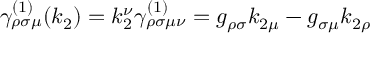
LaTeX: \gamma _ { \rho \sigma \mu } ^ { ( 1 ) } ( k _ { 2 } ) = k _ { 2 } ^ { \nu } \gamma _ { \rho \sigma \mu \nu } ^ { ( 1 ) } = g _ { \rho \sigma } k _ { 2 \mu } - g _ { \sigma \mu } k _ { 2 \rho }